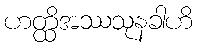
ဟတ္ထိအဿသုနခါဟိ